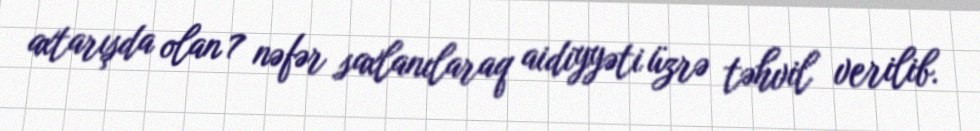
axtarışda olan 7 nəfər saxlanılaraq aidiyyəti üzrə təhvil verilib.